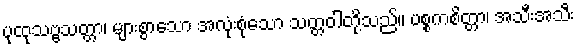
ပုထုသဗ္ဗသတ္တာ၊ များစွာသော အလုံးစုံသော သတ္တဝါတို့သည်။ ပစ္စကစိတ္တာ၊ အသီးအသီး